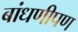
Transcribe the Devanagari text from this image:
बांधणीपण